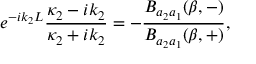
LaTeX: e ^ { - i k _ { 2 } L } \frac { \kappa _ { 2 } - i k _ { 2 } } { \kappa _ { 2 } + i k _ { 2 } } = - \frac { B _ { a _ { 2 } a _ { 1 } } ( \beta , - ) } { B _ { a _ { 2 } a _ { 1 } } ( \beta , + ) } ,